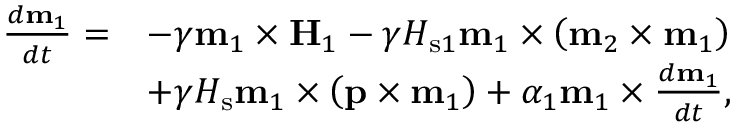
\begin{array} { r l } { \frac { d \mathbf { m } _ { 1 } } { d t } = } & { - \gamma \mathbf { m } _ { 1 } \times \mathbf { H } _ { 1 } - \gamma H _ { \mathrm { s } 1 } \mathbf { m } _ { 1 } \times \left( \mathbf { m } _ { 2 } \times \mathbf { m } _ { 1 } \right) } \\ & { + \gamma H _ { \mathrm { s } } \mathbf { m } _ { 1 } \times \left( \mathbf { p } \times \mathbf { m } _ { 1 } \right) + \alpha _ { 1 } \mathbf { m } _ { 1 } \times \frac { d \mathbf { m } _ { 1 } } { d t } , } \end{array}